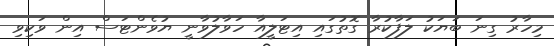
މިހާރު ގިނަ ބަޔަކު ލަފާކުރާ ގޮތުގައި އިޓަލީއާ ހަވާލުވާނީ ޔުވެންޓަސް އިން ވަކިވި